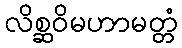
လိစ္ဆဝိမဟာမတ္တံ